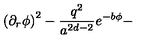
\left( \partial _ { r } \phi \right) ^ { 2 } - \frac { q ^ { 2 } } { a ^ { 2 d - 2 } } e ^ { - b \phi } -